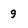
Character: g